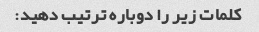
کلمات زیر را دوباره ترتیب دهید: